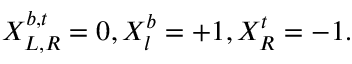
X _ { L , R } ^ { b , t } = 0 , X _ { l } ^ { b } = + 1 , X _ { R } ^ { t } = - 1 .